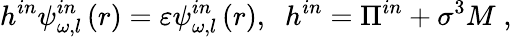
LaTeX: h^{in}\psi_{\omega,l}^{in}\left(r\right)=\varepsilon\psi_{\omega,l}^{in}\left(r\right),\; \; h^{in}=\Pi^{in}+\sigma^{3}M\; ,